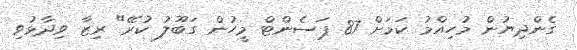
ގެންދިޔުން މުހިއްމު ކަމަށް 87 ޕަސެންޓް މީހުން ގަބޫލު ކުރޭ" ރިޒާ ވިދާޅުވި